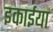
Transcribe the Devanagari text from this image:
इकाईया